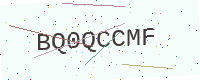
Text: BQ0QCCMF